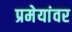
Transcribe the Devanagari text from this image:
प्रमेयांवर